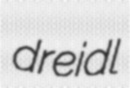
dreidl